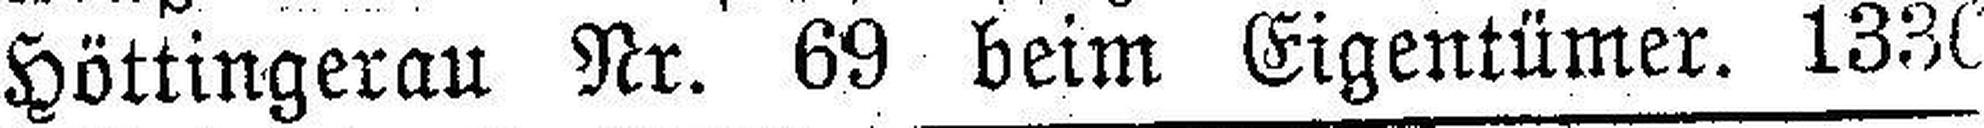
Höttingerau Nr. 69 beim Eigentümer. 1330